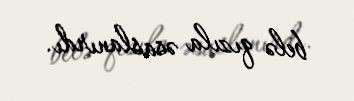
belə qızıla əsaslanırdı.